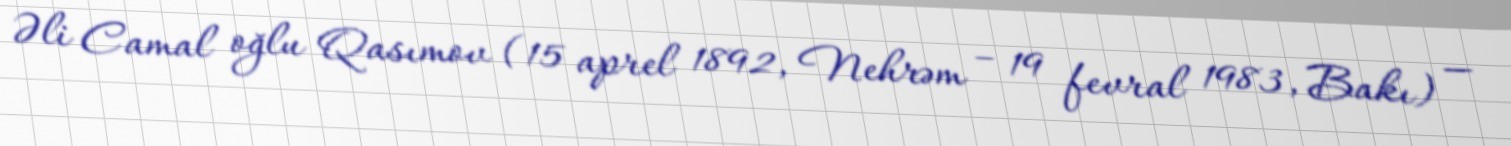
Əli Camal oğlu Qasımov (15 aprel 1892, Nehrəm – 19 fevral 1983, Bakı) —